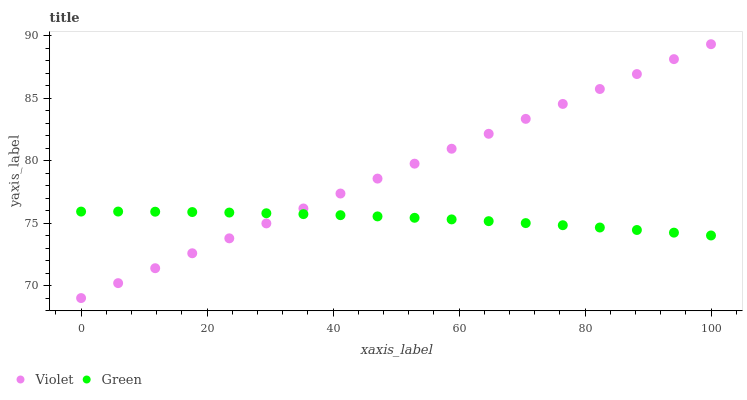
| xaxis_label | Violet | Green |
 | --- | --- | --- |
 | 0 | 69 | 75.9 |
 | 5.88 | 70.2 | 75.9 |
 | 11.8 | 71.4 | 75.9 |
 | 17.6 | 72.6 | 75.9 |
 | 23.5 | 73.8 | 75.8 |
 | 29.4 | 75 | 75.8 |
 | 35.3 | 76.2 | 75.7 |
 | 41.2 | 77.4 | 75.6 |
 | 47.1 | 78.6 | 75.5 |
 | 52.9 | 79.8 | 75.4 |
 | 58.8 | 81 | 75.3 |
 | 64.7 | 82.2 | 75.2 |
 | 70.6 | 83.4 | 75 |
 | 76.5 | 84.5 | 74.8 |
 | 82.4 | 85.7 | 74.7 |
 | 88.2 | 86.9 | 74.5 |
 | 94.1 | 88.1 | 74.2 |
 | 100 | 89.3 | 74 |